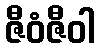
ဇီဝံဇီဝါ